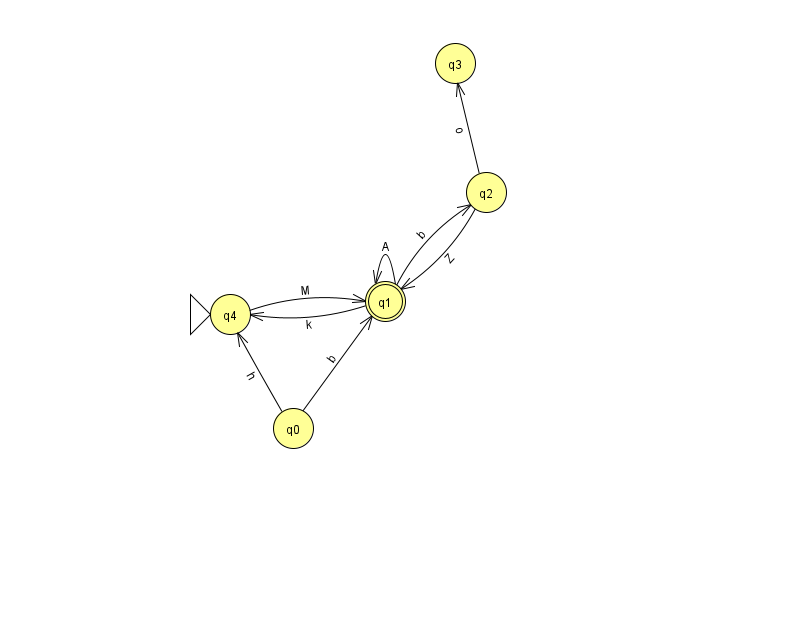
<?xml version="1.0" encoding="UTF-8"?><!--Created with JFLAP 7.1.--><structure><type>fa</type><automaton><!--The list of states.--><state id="0" name="q0"><x>293.0</x><y>415.0</y></state><state id="1" name="q1"><x>385.0</x><y>288.0</y><final/></state><state id="2" name="q2"><x>486.0</x><y>179.0</y></state><state id="3" name="q3"><x>455.0</x><y>50.0</y></state><state id="4" name="q4"><x>230.0</x><y>301.0</y><initial/></state><!--The list of transitions.--><transition><from>1</from><to>1</to><read>A</read></transition><transition><from>2</from><to>1</to><read>Z</read></transition><transition><from>0</from><to>4</to><read>h</read></transition><transition><from>0</from><to>1</to><read>b</read></transition><transition><from>1</from><to>2</to><read>b</read></transition><transition><from>4</from><to>1</to><read>M</read></transition><transition><from>1</from><to>4</to><read>k</read></transition><transition><from>2</from><to>3</to><read>o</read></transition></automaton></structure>